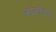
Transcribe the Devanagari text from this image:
काकडिया